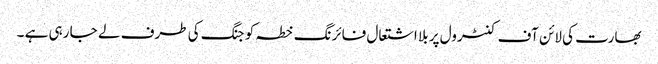
بھارت کی لائن آف کنٹرول پر بلا اشتعال فائرنگ خطہ کو جنگ کی طرف لے جا رہی ہے ۔